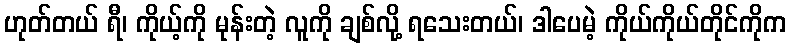
ဟုတ်တယ် ရီ၊ ကိုယ့်ကို မုန်းတဲ့ လူကို ချစ်လို့ ရသေးတယ်၊ ဒါပေမဲ့ ကိုယ်ကိုယ်တိုင်ကိုက